Report of the King Institute of Preventive Medicine, Guindy
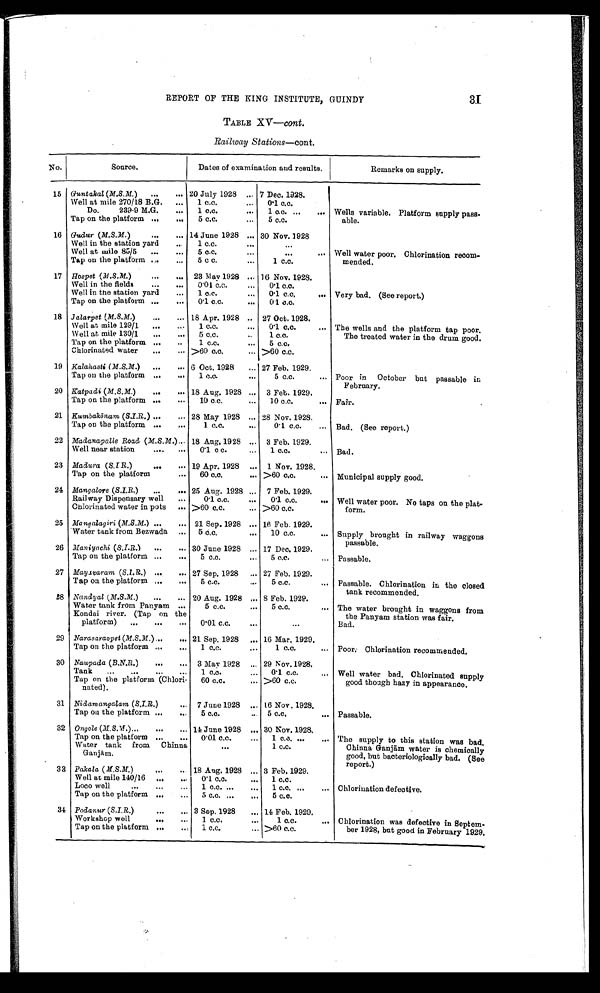
REPORT OF THE KING INSTITUTE, GUINDY
31
TABLE XV—cont.
Railway Stations—cont.
No.
Source.
Dates of examination and results.
Remarks on s u p p l y .
15 Guntakal (M.S.M. )
...
... 20 July 1928 ... 7 Dec. 1928.
Well at mile 270/18 B.G.
...
1 c.c.
...
0.1 c.c.
Do.
239-9 M.G.
...
1 c.c.
...
1 c.c. ...
... Wells variable. Platform supply pass-
able.
Tap on the platform ...
...
5 c.c.
...
5 c.c.
16 Gudur (M.S.M. )
...
... 14 June 1928 ... 30 Nov. 1928
Well in the station yard
...
1 c.c.
. . . .
...
Well at mile 85/5
...
...
5 c.c.
. . .
... Well water poor. Chlorination recom-
mended.
Tap on the platform ...
...
5 c.c.
...
1 c.c.
17 Hospet (M.S.M. ) ...
... 23 May 1928 ... 16 Nov. 1928.
Well in the fields
...
...
0.01 c.c.
...
0.1 c.c.
Well in the station yard
...
1 c.c.
...
0.1 c.c.
... Very bad. (See report.)
Tap on the platform ...
...
0.1 c.c.
...
0.1 c.c.
18 Jalarpet (M.S.M.) ...
... 18 Apr. 1928 .. 27 Oct. 1928.
Well at mile 129/1
... ...
1 c.c.
.„
0.1 c.c.
... The wells and the platform tap poor,
Well at mile 130/1
...
...
5 c.c.
1 c.c.
The treated water in the drum good.
Tap on the platform ...
..
1 c.c.
...
5 c.c.
Chlorinated water
...
... >60 0.0.
... >60 c.c.
19 Kalahasti (M.S.M.)
...
... 6 Oct. 1928
... 27 Feb. 1929.
Tap on the platform ...
...
1 c.c.
...
5 c.c.
... Poor in October but passable in
February.
20 Katpadi (M.S.M.)
...
... 18 Aug. 1928 ... 3 Feb. 1929.
Tap on the platform ...
...
10 c.c.
...
10 c.c.
... Fair.
21 Kumbakōnam (S.I.R. ) ...
... 28 May 1928 ... 28 Nov. 1928.
Tap on the platform ...
...
1 c.c.
...
0. 1 c. c.
... Bad. (See report.)
22 Madanapalle Road (M.S.M.) ... 18 Aug. 1928 ... 3 Feb. 1929.
Well near station
... ... . . .
0.1 c c.
...
1 c.c.
... Bad.
23 Madura ( S. I.R.) . . .
. . . 19 Apr. 1928 ... 1 Nov. 1928.
Tap on the platform
...
60 c.c.
... >60 c.c.
. . . Municipal supply good.
24 Mangalore (S.I.R.) ...
... 25 Aug. 1928 ... 7 Feb. 1929.
Railway Dispensary well
...
0 . 1c. c .
...
0. 1 c. c.
... Well water poor. No taps on the plat-
form.
Chlorinated water in pots ... >60 c.c.
... >60 c.c.
25 Mangalagiri (M.S.M. ) ...
... 21 Sep. 1928 ... 16 Feb. 1929.
.Water tank from Bezwada ...
5 c.c.
...
10 c.c.
... Supply brought in railway waggons
passable.
26 Maniyachi ( S.I.R.) ...
... 30 June 1928 ... 17 Dec. 1929.
Tap on the platform ...
...
5 c.c.
...
5 c.c.
... Passable.
27 Mayavaram ( S.I.R.) ...
... 27 Sep. 1928 ... 27 Feb. 1929.
Tap on the platform ...
...
5 c.c.
...
5 c.c.
... Passable. Chlorination in the closed
tank recommended.
28 N andyal (M.S.M. )
...
... 20 Aug. 1928 ... 8 Feb. 1929.
Water tank from Panyam ...
5 c.c.
...
5 c.c.
... The water brought in waggons from
the Panyam station was fair.
Kondai river. (Tap on the
platform)
...
...
...
0.01 c.c.
...
...
Bad.
29 Narasaraopet (M.S.M.)...
... 21 Sep. 1928
... 16 Mar. 1929.
Tap on the platform ....
...
1 c.c.
...
1 c.c.
... Poor. Chlorination recommended.
30 Naupada ( B.N.R. )
...
... 3 May 1928 ... 29 Nov. 1928.
Tank
...
... ... . . .
1 c.c.
. . .
0.1
c.c.
... Well water bad. Chlorinated supply
good though hazy in appearance.
Tap on the platform (Chlori-
nated).
60 c.c.
. . .
>60 c.c.
31 Nidamangalam ( S.I.R. )
... 7 June 1928 ... 16 Nov. 1928.
Tap on the platform ...
...
5 c.c.
...
5 c.c.
... Passable.
32 Ongole (M.S.M.) ...
...
... 14 June 1928
. . .
3 30 Nov. 1928.
Tap on the platform ...
...
0.01 c.c.
. . .
1 c.c. ...
... The supply to this station was bad.
Chinna Ganjām water is chemically
good, but bacteriologically bad. ( See
report.)
Water tank from Chinna
Ganjā m.
. . .
1 c.c.
33 Pakala ( M.S.M. )
...
.. 18 Aug. 1928 . . . 3 Feb. 1929.
Well at mile 140/16 ...
...
0 . 1 c . c .
. . .
1 c.c.
Loco well
...
... ...
1 c.c. ...
. . .
1 c . c . . . .
... Chlorination defective.
Tap on the platform ...
...
5 c.c. ...
. . .
5 c.c.
34 Podanur ( S.I.R.)
...
... 3 Sep. 1928
. . .
14 Feb. 1929.
Workshop well
...
. . .
1 c.c.
. . .
1 c.c.
... Chlorination was defective in Septem-
ber 1928, but good in February 1929.
Tap on the platform ...
...
1 c . c .
. . . >60 c.c.